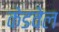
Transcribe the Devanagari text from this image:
केडवेल